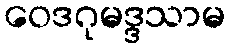
ဝေဒဂုမဒ္ဒသာမ